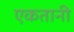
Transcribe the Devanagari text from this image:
एकतानी